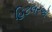
હિટલરએ